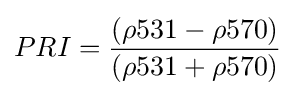
PRI={\frac {(\rho 531-\rho 570)}{(\rho 531+\rho 570)}}